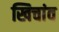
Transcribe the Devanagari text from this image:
खिचांव